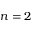
n = 2